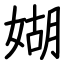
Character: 媩